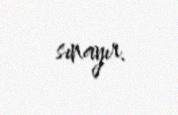
sınayır.